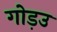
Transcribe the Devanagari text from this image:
गोड़उ